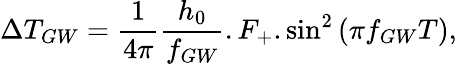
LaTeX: \Delta T_{GW}=\frac{1}{4\pi}\frac{h_{0}}{f_{GW}}.F_{+}.\sin^{2}{(\pi f_{GW}T)},